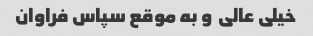
خیلی عالی ‌ و به موقع سپاس فراوان